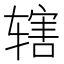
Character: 辖